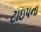
ટાઇપના